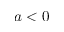
a < 0